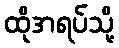
ထိုအရပ်သို့